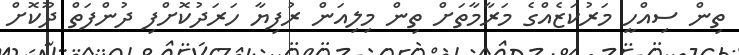
ތިން ސިއްހީ މަރުކަޒެއްގެ މަރާމާތަށް ތިން މިލިއަން ރުފިޔާ ހަރަދުކޮށްފި ދުންފަތް ދޫކޮށް